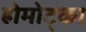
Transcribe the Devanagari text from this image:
ह्रोमोट्का